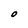
Character: O